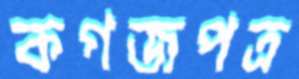
কগজপত্র